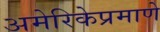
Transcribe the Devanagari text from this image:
अमेरिकेप्रमाणे